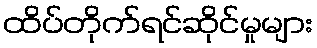
ထိပ်တိုက်ရင်ဆိုင်မှုများ